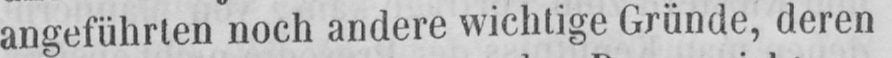
angeführten noch andere wichtige Gründe, deren